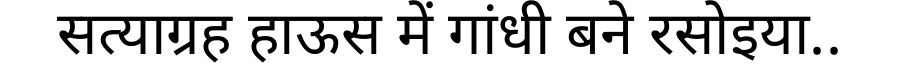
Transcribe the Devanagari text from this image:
सत्याग्रह हाऊस में गांधी बने रसोइया..